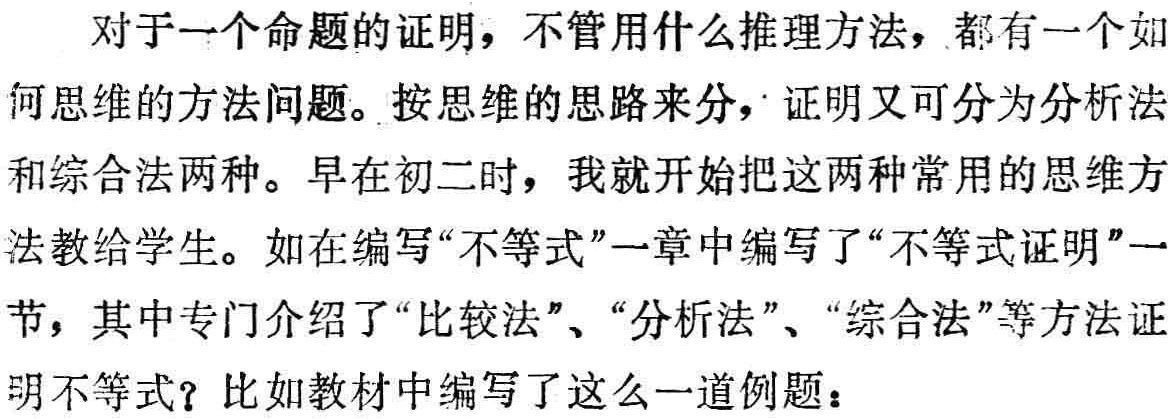
证 1 如图98 - 1，设 \(AM = a\)，则 \(\angle ABM=\alpha\)，  。P 公  。